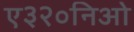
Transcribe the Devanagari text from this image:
ए३२०निओ